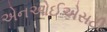
એનઓઈએસટી